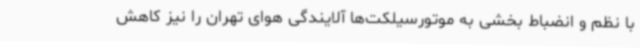
با نظم و انضباط بخشی به موتورسیلکت‌ها آلایندگی هوای تهران را نیز کاهش